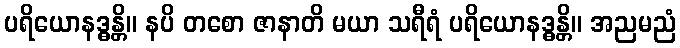
ပရိယောနဒ္ဓန္တိ။ နပိ တစော ဇာနာတိ မယာ သရီရံ ပရိယောနဒ္ဓန္တိ။ အညမညံ